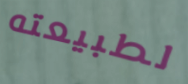
لطبيعته